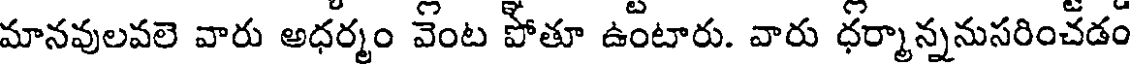
మానవులవలె వారు అధర్మం వెంట పోతూ ఉంటారు. వారు ధర్మాన్ననుసరించడం